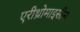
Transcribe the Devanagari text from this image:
एरीथ्रोमाइसीन